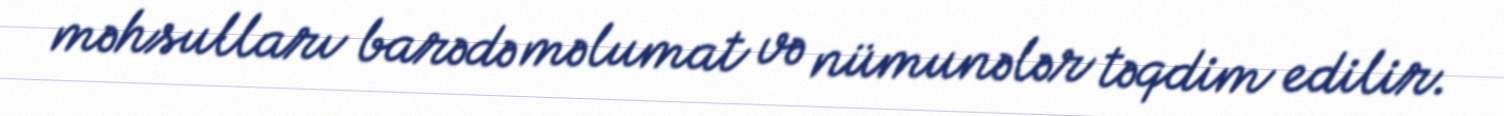
məhsulları barədə məlumat və nümunələr təqdim edilir.